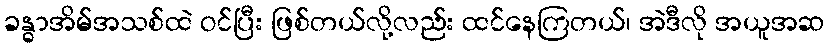
ခန္ဓာအိမ်အသစ်ထဲ ဝင်ပြီး ဖြစ်တယ်လို့လည်း ထင်နေကြတယ်၊ အဲဒီလို အယူအဆ